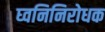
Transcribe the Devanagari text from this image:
घ्वनिनिरोधक